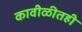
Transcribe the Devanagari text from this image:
कावीळीतही